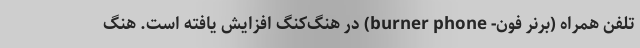
تلفن همراه (برنر فون- burner phone) در هنگ‌کنگ افزایش یافته است. هنگ